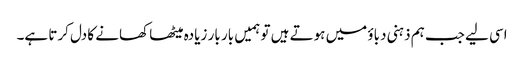
اسی لیے جب ہم ذہنی دباؤ میں ہوتے ہیں تو ہمیں بار بار زیادہ میٹھا کھانے کا دل کرتا ہے۔